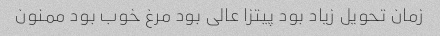
زمان تحویل زیاد بود پیتزا عالی بود مرغ خوب بود ممنون